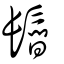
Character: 鬝